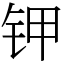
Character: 钾